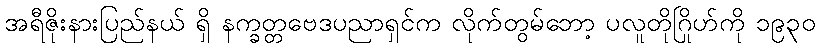
အရီဇိုးနားပြည်နယ် ရှိ နက္ခတ္တဗေဒပညာရှင်က လိုက်တွမ်ဘော့ ပလူတိုဂြိုဟ်ကို ၁၉၃၀